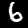
Digit: 6